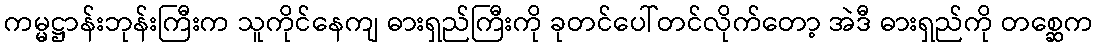
ကမ္မဋ္ဌာန်းဘုန်းကြီးက သူကိုင်နေကျ ဓားရှည်ကြီးကို ခုတင်ပေါ်တင်လိုက်တော့ အဲဒီ ဓားရှည်ကို တစ္ဆေက